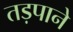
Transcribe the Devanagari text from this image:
तड़पाने